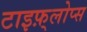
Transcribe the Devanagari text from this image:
टाइफ़्लोप्स